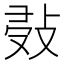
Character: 𢽖